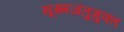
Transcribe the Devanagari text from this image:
सूक्ष्मजंतुमुक्त